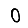
Digit: 0